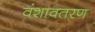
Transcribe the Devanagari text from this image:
वंशावतरण